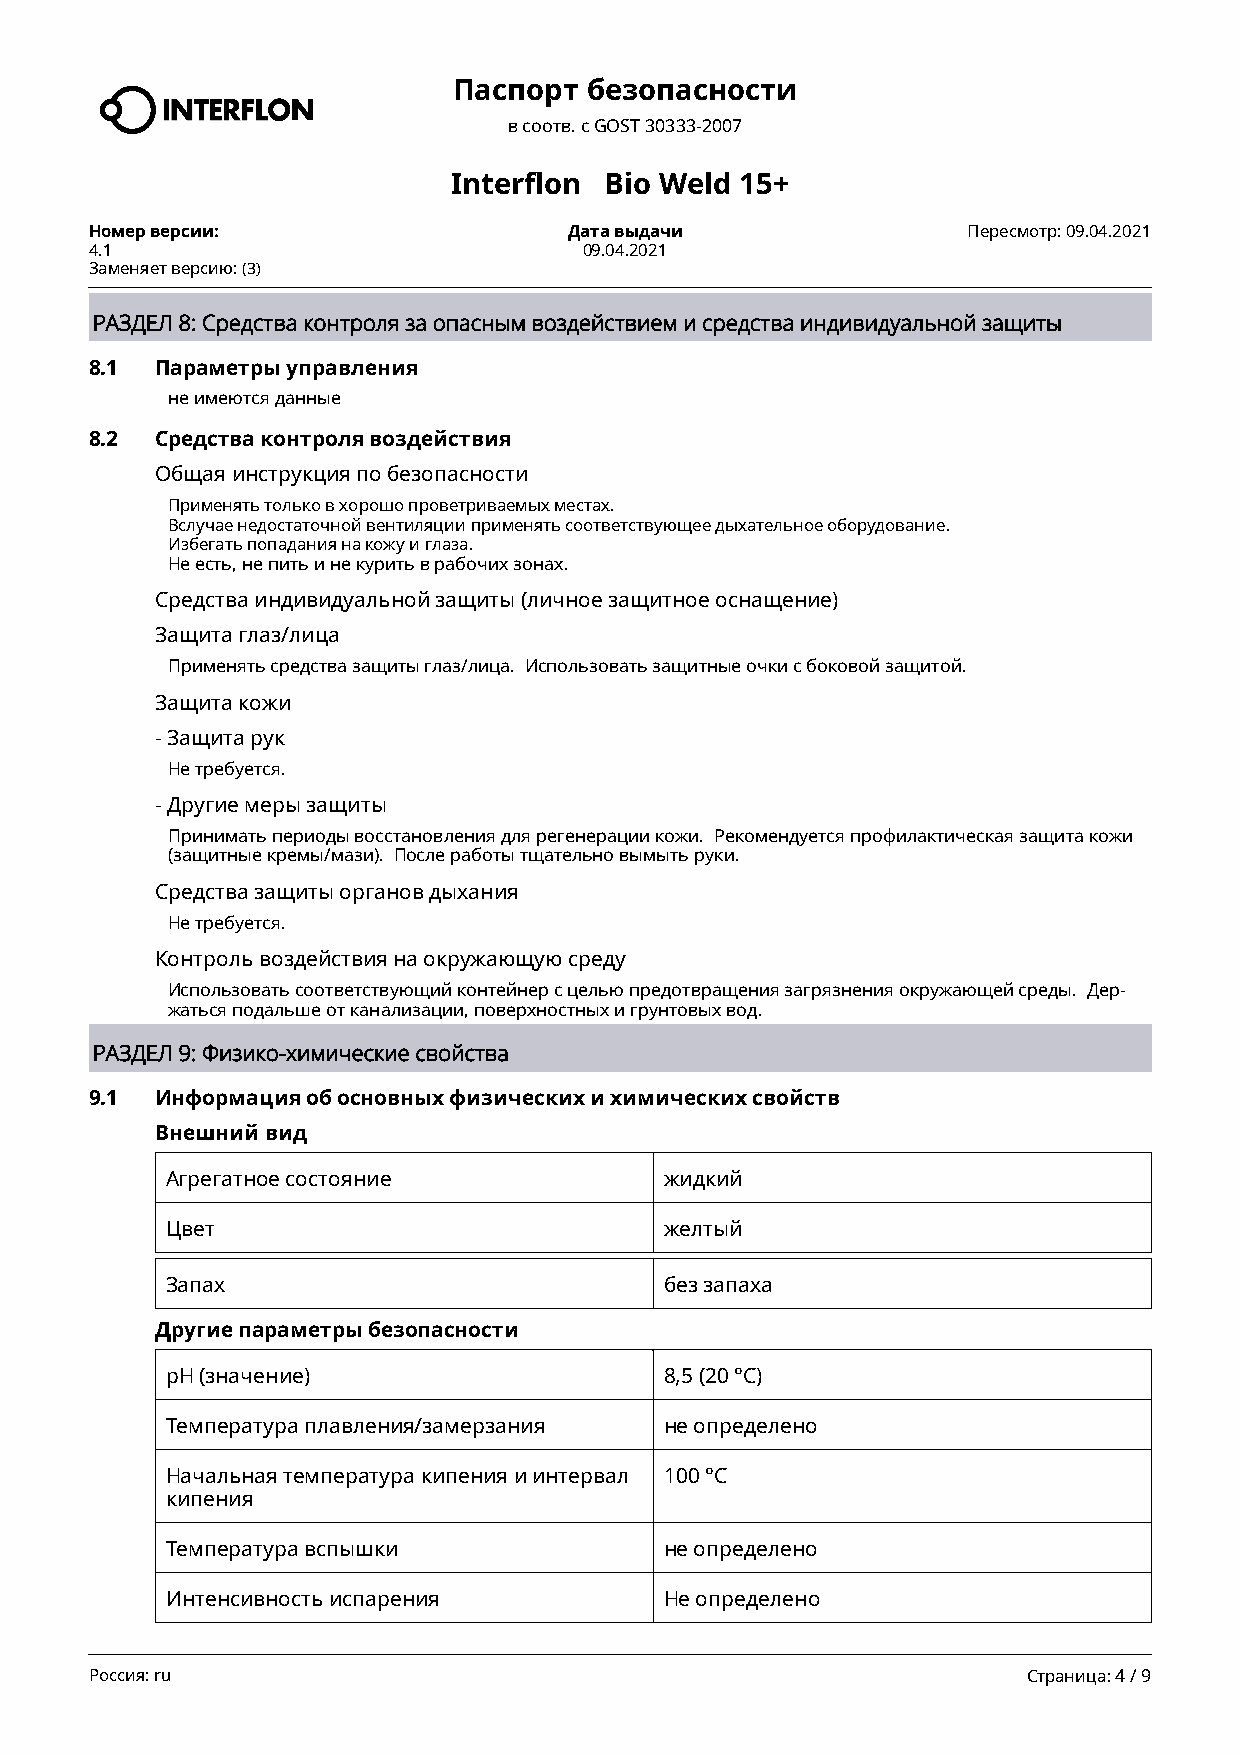
Паспорт  безопасности
 в соотв. c GOST 30333-2007
 Interflon Bio Weld 15+
 Номер версии:                   Дата выдачи               Пересмотр: 09.04.2021
 4.1                              09.04.2021
 Заменяет версию: (3)
 РАЗДЕЛ 8: Средства контроля за опасным воздействием и средства индивидуальной защиты
 8.1 Параметры управления
 не имеются данные
 8.2 Средства контроля воздействия
 Общая инструкция по безопасности
 Применять только в хорошо проветриваемых местах.
 Вслучае недостаточной вентиляции применять соответствующее дыхательное оборудование.
 Избегать попадания на кожу и глаза.
 Не есть, не пить и не курить в рабочих зонах.
 Средства индивидуальной защиты (личное защитное оснащение)
 Защита глаз/лица
 Применять средства защиты глаз/лица. Использовать защитные очки с боковой защитой.
 Защита кожи
 - Защита рук
 Не требуется.
 - Другие меры защиты
 Принимать периоды восстановления для регенерации кожи. Рекомендуется профилактическая защита кожи
 (защитные кремы/мази). После работы тщательно вымыть руки.
 Средства защиты органов дыхания
 Не требуется.
 Контроль воздействия на окружающую среду
 Использовать соответствующий контейнер с целью предотвращения загрязнения окружающей среды. Дер-
 жаться подальше от канализации, поверхностных и грунтовых вод.
 РАЗДЕЛ 9: Физико-химические свойства
 9.1 Информация об основных физических и химических свойств
 Внешний вид
 Агрегатное состояние             жидкий
 Цвет                             желтый
 Запах                            без запаха
 Другие параметры безопасности
 рН (значение)                    8,5 (20 °C)
 Температура плавления/замерзания не определено
 Начальная температура кипения и интервал 100 °C
 кипения
 Температура вспышки              не определено
 Интенсивность испарения          Не определено
 Россия: ru                                                    Страница: 4 / 9